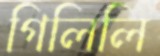
গিলিলি